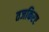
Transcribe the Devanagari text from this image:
तजकिरए